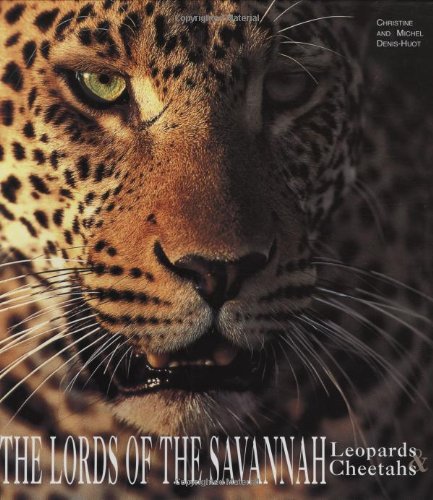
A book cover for The Lords of the Savannah - Leopards & Cheetas (Art of Being...); Christine Denis-Huot; Sports & Outdoors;